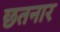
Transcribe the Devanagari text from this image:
छतनार